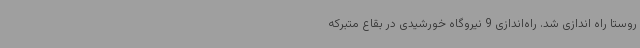
روستا راه اندازی شد. راه‌اندازی 9 نیروگاه خورشیدی در بقاع متبرکه